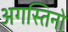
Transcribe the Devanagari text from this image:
अगस्तिनो